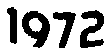
1972